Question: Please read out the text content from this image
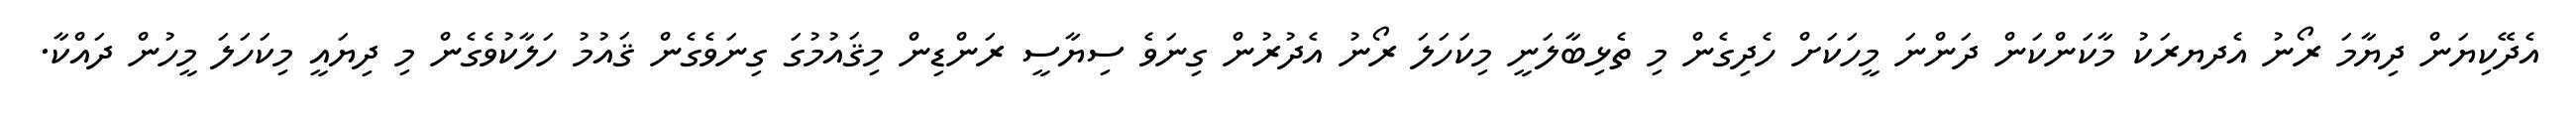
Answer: އެދޭކިޔަން ދިޔާމަ ރޯނު އެދޔރަކު މާކަންކަން ދަންނަ މީހަކަށް ހެދިގެން މި ތެޅިބާލަނީ މިކަހަލަ ރޯނު އެދުރުން ގިނަވެ ސިޔާސީ ރަންޑިން މިޤައުމުގަ ގިނަވެގެން ޤައުމު ހަލާކުވެގެން މި ދިޔައީ މިކަހަލަ މީހުން ދައްކާ.